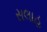
સલાહ